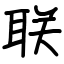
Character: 联